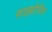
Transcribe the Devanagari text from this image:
फ़ाइब्रोसिस